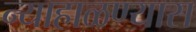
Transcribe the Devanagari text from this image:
न्याहाळण्यास